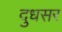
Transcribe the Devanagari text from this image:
दुधसर